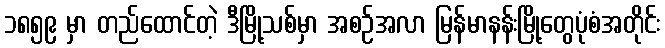
၁၈၅၉ မှာ တည်ထောင်တဲ့ ဒီမြို့သစ်မှာ အစဉ်အလာ မြန်မာနန်းမြို့တွေပုံစံအတိုင်း